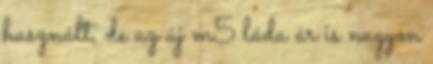
használt, de az új m5 láda ár is nagyon